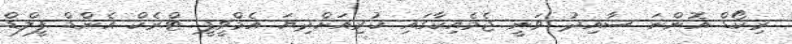
ރިކޯޑް އޮންނަ ސާއިދު ވަނީ ޖެމެއިކާގައި ކުރިއަށްދިޔަ އެމްވީޕީ ޓްރެކް އެންޑް ފީލްޑް